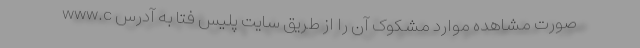
صورت مشاهده موارد مشکوک آن را از طریق سایت پلیس فتا به آدرس www.c